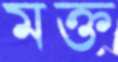
মক্ত